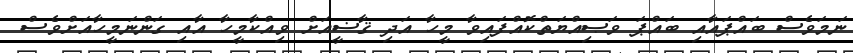
ނަމަވެސް ބައްޕައާއި ބައްޕަ ވަޞިއްޔަތްކޮއްފައިވާ މީހާ އަދި ޤާޟީއަށް ވިއްކާމީހާ އާއި ގަންނަމީހާއަށްވެސް